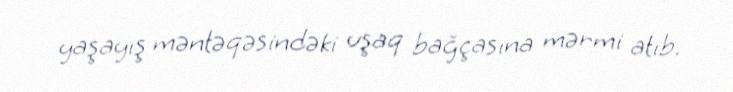
yaşayış məntəqəsindəki uşaq bağçasına mərmi atıb.